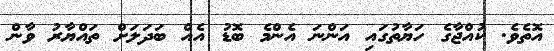
އޮތެވެ. ކުއްޖާގެ ހަޔާތުގައި އަންނަ އެންމެ ބޮޑު އެއް ބަދަލަށް ތައްޔާރު ވާން